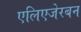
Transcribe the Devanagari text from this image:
एलिएजेरबन